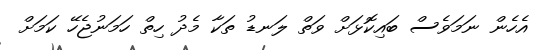
އެހެން ނަމަވެސް ބައިކޮޅަށް ވަތް ލަނޑު ތަކާ މެދު ހިތް ހަމަނުޖެހޭ ކަމަށް